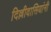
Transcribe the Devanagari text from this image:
दिल्लीवासियांनी